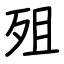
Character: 殂